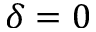
\delta = 0